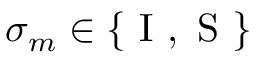
\sigma _ { m } \in \{ \mathrm { ~ I ~ , ~ S ~ } \}